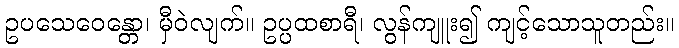
ဥပသေဝေန္တော၊ မှီဝဲလျက်။ ဥပ္ပထစာရီ၊ လွန်ကျူး၍ ကျင့်သောသူတည်း။